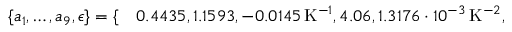
\begin{array} { r l } { \{ a _ { 1 } , \dotsc , a _ { 9 } , \epsilon \} = \{ } & { { } 0 . 4 4 3 5 , 1 . 1 5 9 3 , - 0 . 0 1 4 5 \, \mathrm { K } ^ { - 1 } , 4 . 0 6 , 1 . 3 1 7 6 \cdot 1 0 ^ { - 3 } \, \mathrm { K } ^ { - 2 } , } \end{array}